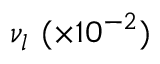
\nu _ { l } ~ ( \times 1 0 ^ { - 2 } )